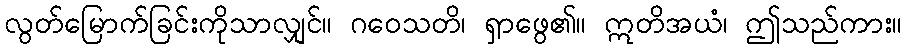
လွတ်မြောက်ခြင်းကိုသာလျှင်။ ဂဝေသတိ၊ ရှာဖွေ၏။ ဣတိအယံ၊ ဤသည်ကား။